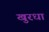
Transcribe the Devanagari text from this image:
खुरधा